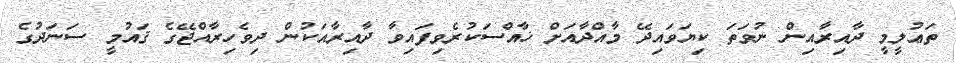
ތަޢުލީމީ ދާއިރާއިން ނުވަތަ ކިޔަވައިދޭ މާއްދާއަށް ޚާއްސަކުރެވިފައިވާ ދާއިރާއަކުން ދިވެހިރާއްޖޭގެ ޤައުމީ ސަނަދުގެ